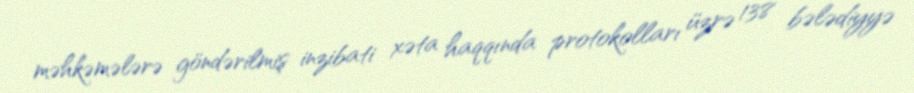
məhkəmələrə göndərilmiş inzibati xəta haqqında protokolları üzrə 138 bələdiyyə